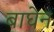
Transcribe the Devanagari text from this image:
बाघेन